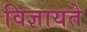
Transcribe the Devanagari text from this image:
विज्ञायते